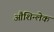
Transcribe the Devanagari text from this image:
औशिन्लेक